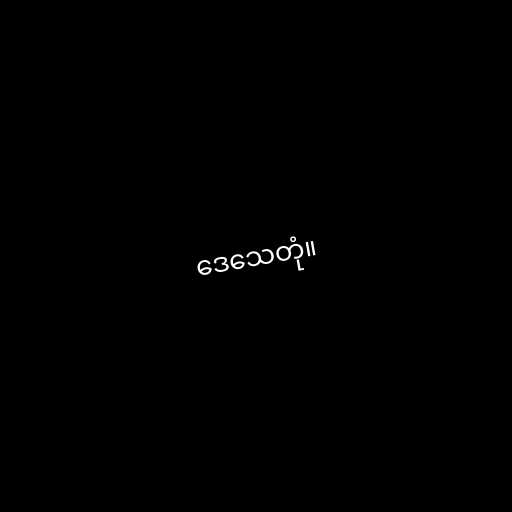
ဒေသေတုံ။